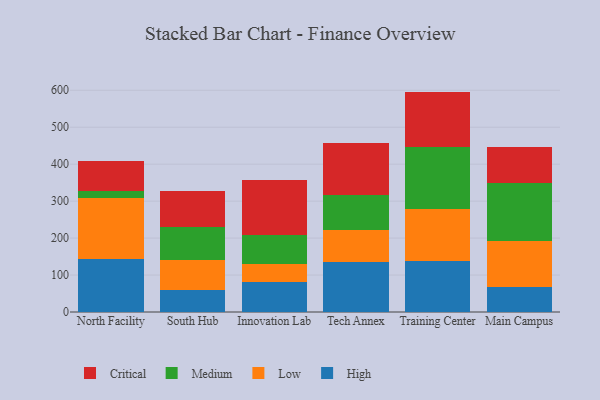
{"axis": {"x": "Campus", "y": "Humidity (%)"}, "legend": ["Critical", "High", "Low", "Medium"], "data": [{"x": "North Facility", "y": 142.6, "type": "High"}, {"x": "North Facility", "y": 166.8, "type": "Low"}, {"x": "North Facility", "y": 16.7, "type": "Medium"}, {"x": "North Facility", "y": 82.2, "type": "Critical"}, {"x": "South Hub", "y": 59.0, "type": "High"}, {"x": "South Hub", "y": 80.4, "type": "Low"}, {"x": "South Hub", "y": 89.9, "type": "Medium"}, {"x": "South Hub", "y": 97.5, "type": "Critical"}, {"x": "Innovation Lab", "y": 82.1, "type": "High"}, {"x": "Innovation Lab", "y": 47.4, "type": "Low"}, {"x": "Innovation Lab", "y": 77.9, "type": "Medium"}, {"x": "Innovation Lab", "y": 150.5, "type": "Critical"}, {"x": "Tech Annex", "y": 135.4, "type": "High"}, {"x": "Tech Annex", "y": 86.8, "type": "Low"}, {"x": "Tech Annex", "y": 94.3, "type": "Medium"}, {"x": "Tech Annex", "y": 142.1, "type": "Critical"}, {"x": "Training Center", "y": 137.6, "type": "High"}, {"x": "Training Center", "y": 140.0, "type": "Low"}, {"x": "Training Center", "y": 169.1, "type": "Medium"}, {"x": "Training Center", "y": 149.7, "type": "Critical"}, {"x": "Main Campus", "y": 68.0, "type": "High"}, {"x": "Main Campus", "y": 123.8, "type": "Low"}, {"x": "Main Campus", "y": 157.1, "type": "Medium"}, {"x": "Main Campus", "y": 96.7, "type": "Critical"}]}